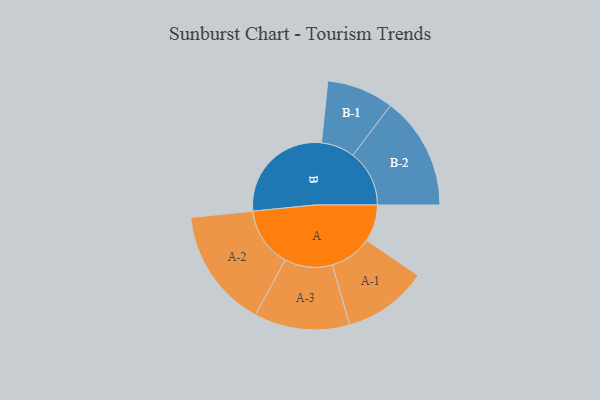
{"axis": {"x": "Segment", "y": "Value"}, "legend": ["", "A", "B"], "data": [{"x": "A", "y": 147, "type": ""}, {"x": "B", "y": 435, "type": ""}, {"x": "A-1", "y": 169, "type": "A"}, {"x": "A-2", "y": 239, "type": "A"}, {"x": "A-3", "y": 191, "type": "A"}, {"x": "B-1", "y": 134, "type": "B"}, {"x": "B-2", "y": 226, "type": "B"}]}